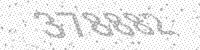
Solution: 378882